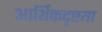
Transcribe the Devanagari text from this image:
आर्थिकदृष्टया